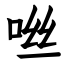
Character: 咝